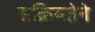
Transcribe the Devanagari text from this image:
सक्रियतेने